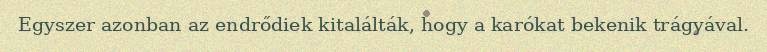
Egyszer azonban az endrődiek kitalálták, hogy a karókat bekenik trágyával.